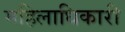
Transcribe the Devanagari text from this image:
महिलाधिकारी